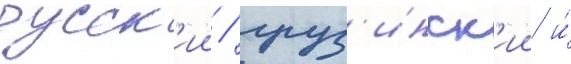
русск'ии / груз'инск'ии и́